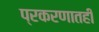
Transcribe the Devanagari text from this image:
प्रकरणातही